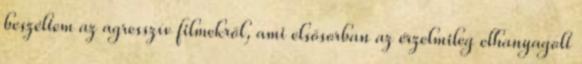
beszéltem az agresszív filmekről, ami elsősorban az érzelmileg elhanyagolt